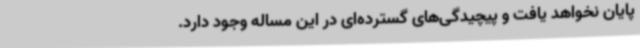
پایان نخواهد یافت و پیچیدگی‌های گسترده‌ای در این مساله وجود دارد.